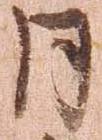
月